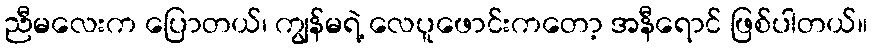
ညီမလေးက ပြောတယ်၊ ကျွန်မရဲ့ လေပူဖောင်းကတော့ အနီရောင် ဖြစ်ပါတယ်။